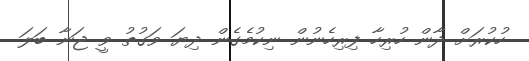
ހުކުރަށް ދާން ހުރިހާ ފިރިހެނުން ނިކުމެގެން ދިޔަ ވަގުތު ވީ ޖަނާ ބަލަ